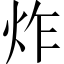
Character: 炸